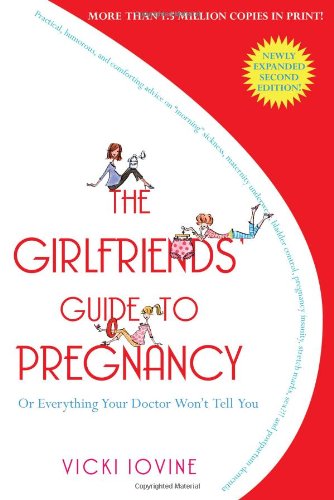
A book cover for The Girlfriends' Guide to Pregnancy; Vicki Iovine; Humor & Entertainment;